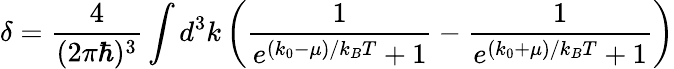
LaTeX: \delta=\frac{4}{(2\pi\hbar)^{3}}\int d^{3}k\left(\frac{1}{e^{(k_{0}-\mu)/k_{B}T}+1}-\frac{1}{e^{(k_{0}+\mu)/k_{B}T}+1}\right)